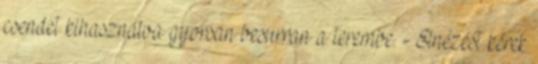
csendet kihasználva gyorsan besurran a terembe. - Elnézést kérek